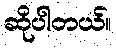
ဆိုပါတယ်။